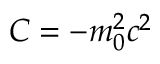
C = - m _ { 0 } ^ { 2 } c ^ { 2 }